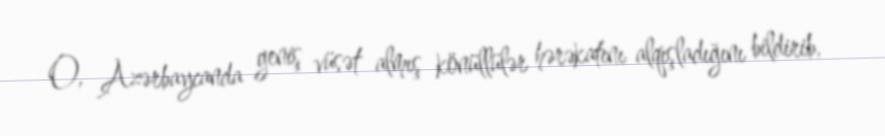
O, Azərbaycanda geniş vüsət almış könüllülər hərəkatını alqışladığını bildirib,